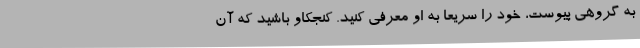
به گروهی پیوست، خود را سریعاً به او معرفی کنید. کنجکاو باشید که آن